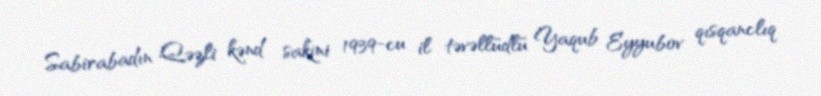
Sabirabadın Qəzli kənd sakini 1939-cu il təvəllüdlü Yaqub Eyyubov qısqanclıq